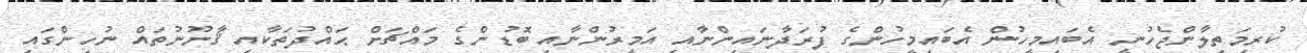
ކުރިމަތިލާންޖެހުނީ އެބައިމީހުން އެބައިމީހުންގެ ފުރަދާނައިންނާއި އަމީރުންނާއި ބޮޑުންގެ މައްޗަށް ޙައްދުތަކާއި ޤާނޫނުތައް ނުހިންގައި